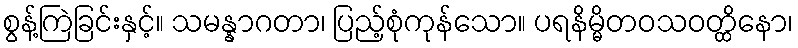
စွန့်ကြဲခြင်းနှင့်။ သမန္နာဂတာ၊ ပြည့်စုံကုန်သော။ ပရနိမ္မိတဝသဝတ္ထိနော၊